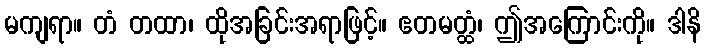
မကျရာ။ တံ တထာ၊ ထိုအခြင်းအရာဖြင့်။ ဧတမတ္ထံ၊ ဤအကြောင်းကို။ ဒါနိ